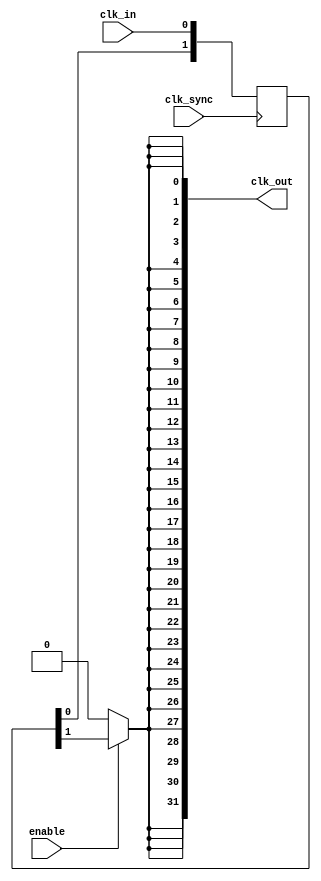
module HighFanoutClockBuffer (
    input wire clk_in,               // Input clock signal
    input wire clk_sync,             // Optional synchronization clock signal
    input wire enable,               // Enable signal for the buffer
    output wire [NUM_OUTPUTS-1:0] clk_out // Output clock signals
);
  
    // Parameter to define number of outputs
    parameter NUM_OUTPUTS = 32;      // Number of output clocks
    parameter DRIVE_STRENGTH = 4;    // Drive strength parameter
  
    // Internal signals
    wire clk_buffered;                // Buffered clock signal
    wire clk_sync_out;                // Synchronized clock output
  
    // Synchronization stage (optional)
    // Using a D flip-flop for synchronization
    reg [1:0] sync_reg;
    always @(posedge clk_sync) begin
        sync_reg <= {sync_reg[0], clk_in};
    end
    assign clk_sync_out = sync_reg[1];
  
    // Buffering stage
    // Example using a series of inverters as buffers
    generate
        genvar i;
        for (i = 0; i < DRIVE_STRENGTH; i = i + 1) begin : buffer_stage
            if (i == 0) begin
                assign clk_buffered = clk_sync_out; // First stage from sync
            end else begin
                assign clk_buffered = ~clk_buffered; // Inverter buffering
            end
        end
    endgenerate
  
    // Load distribution
    generate
        genvar j;
        for (j = 0; j < NUM_OUTPUTS; j = j + 1) begin : output_distribution
            assign clk_out[j] = enable ? clk_buffered : 1'b0; // Drive strength controlled by enable
        end
    endgenerate
  
    // Power management
    // Add features for power management if needed here
  
    // Skew minimization (not implemented in this simple model)
  
    // Temperature and voltage stability (not implemented in this simple model)
  
    // Built-in self-test (BIST) features can be added as needed
  
endmodule